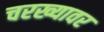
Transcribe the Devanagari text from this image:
चरख्यावर